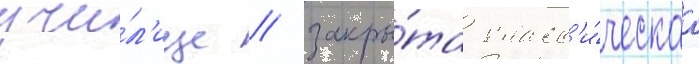
учи́л'ище / закры́та класс'и́ческаа